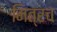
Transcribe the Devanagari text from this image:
मित्रच